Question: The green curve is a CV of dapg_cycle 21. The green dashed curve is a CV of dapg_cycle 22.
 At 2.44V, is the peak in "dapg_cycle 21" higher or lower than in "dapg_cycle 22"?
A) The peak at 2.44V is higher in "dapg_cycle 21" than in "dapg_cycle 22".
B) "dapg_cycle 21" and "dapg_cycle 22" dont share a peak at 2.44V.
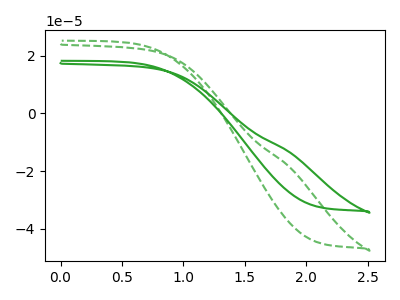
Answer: <think>The green curve "dapg_cycle 21" has no peaks. The green dashed curve "dapg_cycle 22" has no peaks.</think>
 <answer>B) "dapg_cycle 21" and "dapg_cycle 22" dont share a peak at 2.44V.</answer>
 <eval>B</eval>